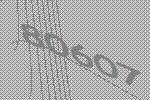
80607